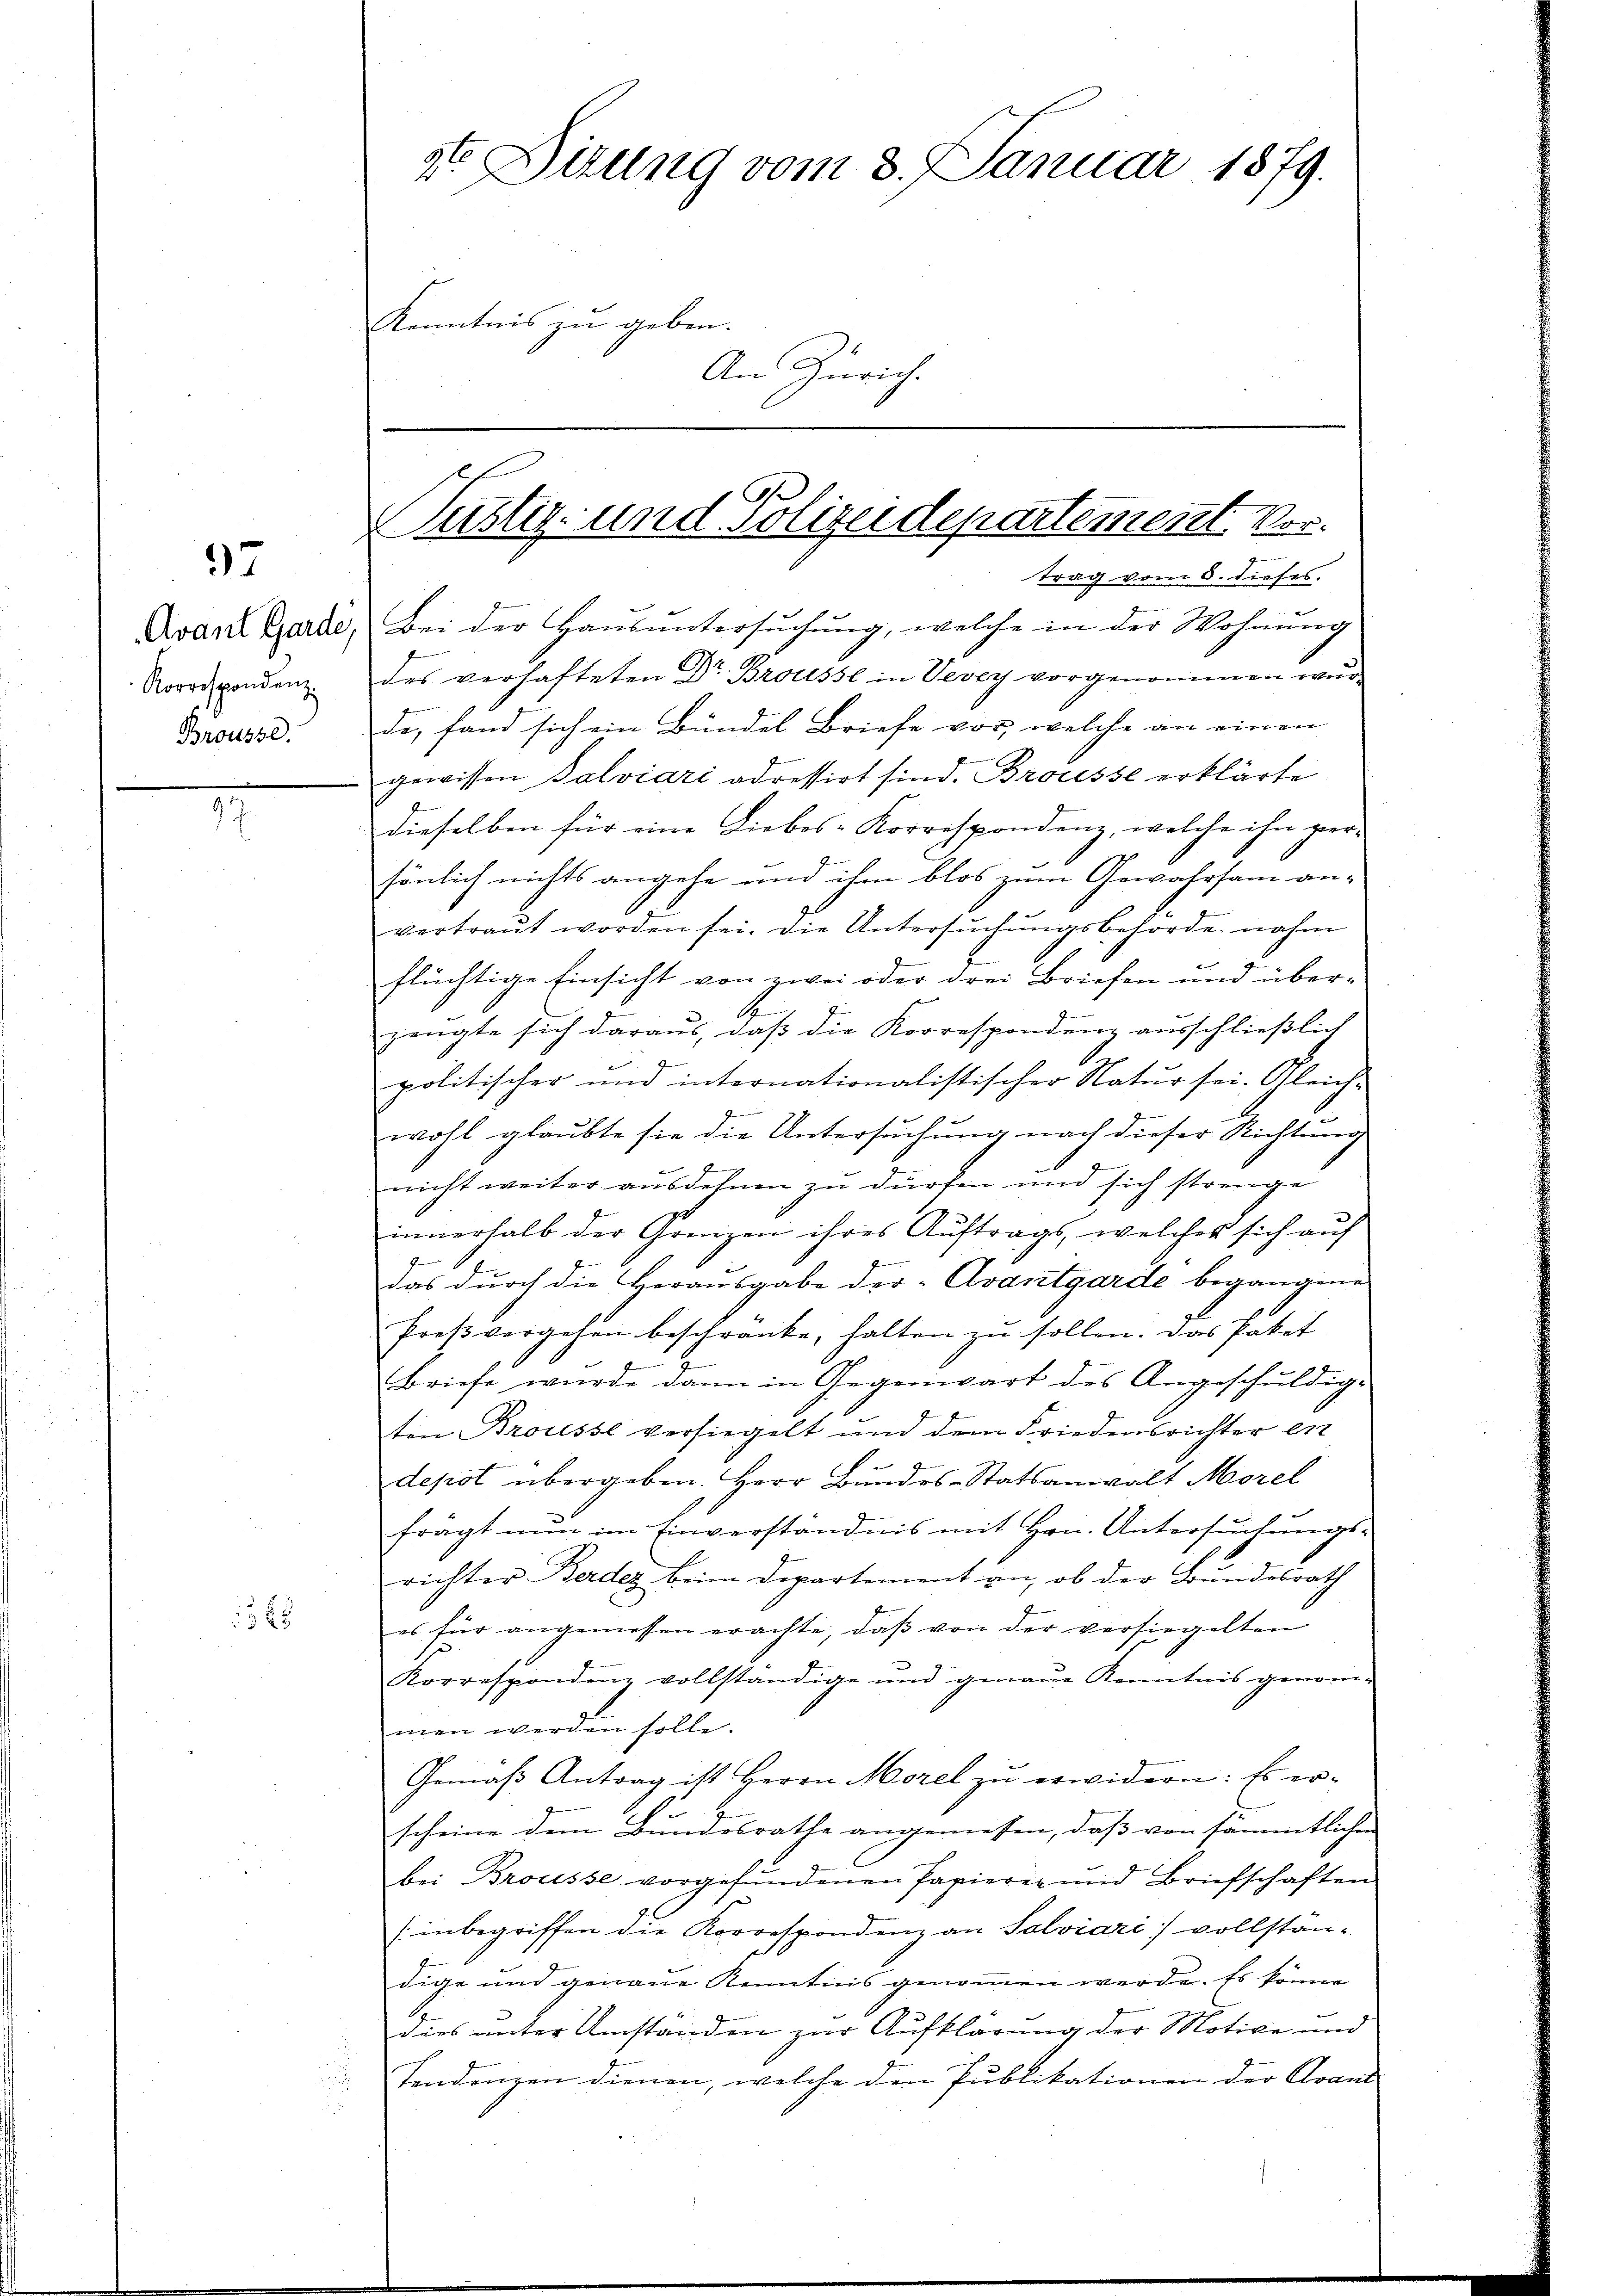
37

Korrespondenz
Brousse

1525

2te Situng vom 3. Januar 1879.
Kenntnis zu geben.
An Zürich.

Pustiz- und Polizeidepartement. Vor-

trag vom 5. dieses.
Avant Garde, Bei der Hausuntersuchung, welche in der Wohnung
des verhafteten Dr Brousse in Vevey vorgenommen wurde, fand sich ein Bündel Briefe vor, welche an einen
gewissen Balviari adressirt sind. Brocesse erklärte
dieselben für eine Liebes-Korrespondenz, welche ihn per-
sönlich nichts angehe und ihm blos zum Gewahrsam an-
vertraut worden sei. Die Untersŭchŭngsbehörde nahm
flüchtige Einsicht von zwei oder drei Briefen und über¬
A
zeugte sich daraus, daß die Korrespondenz ausschließlich
politischer und internationalistischer Natur sei. Gleich-
z
wohl glaubte sie die Untersuchung nach dieser Richtung
nicht weiter ausdehnen zu dürfen und sich strenge
innerhalb der Grenzen ihres Auftrags, welches sich auf
das durch die Herausgabe der Avantgarde begangene
Preβvergehen beschränke, halten zŭ sollen. Das Paket
1
Briefe wurde dann in Gegenwart des Angeschuldig-
ten Brousse versiegelt und dem Friedensrichter ent
depot übergeben. Herr Bundes-Statsanwalt Morel
frägt nŭn im Einverständnis mit Hrn. Untersŭchŭngs-
richter Berdez beim Departement an, ob der Bundesrath
es für angemessen erachte, daβ von der versiegelten
Korrespondenz vollständige und genaue Kenntnis genommen werden solle.
Gemäß Antrag ist Herrn Morel zu erwidern: Es er-
scheine dem Bundesrathe angemessen, daß von sämmtlichen
bei Brousse vorgefundenen Papierer und Briefschaften
Jel
(inbegriffen die Korrespondenz an Salviari) vollständige und genaue Kenntnis genommen werde. Es könne
dies unter Umständen zur Aufklärung der Motive und
Tendenzen dienen, welche den Publikationen der Avant